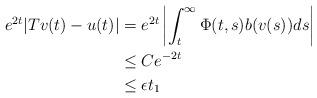
LaTeX: \begin{align*}e^{2t} | Tv(t) - u(t)| &= e^{2t} \left| \int_t^{\infty} \Phi(t,s) b(v(s)) ds \right| \\& \le C e^{-2t}\\& \le \epsilon t_1 \end{align*}